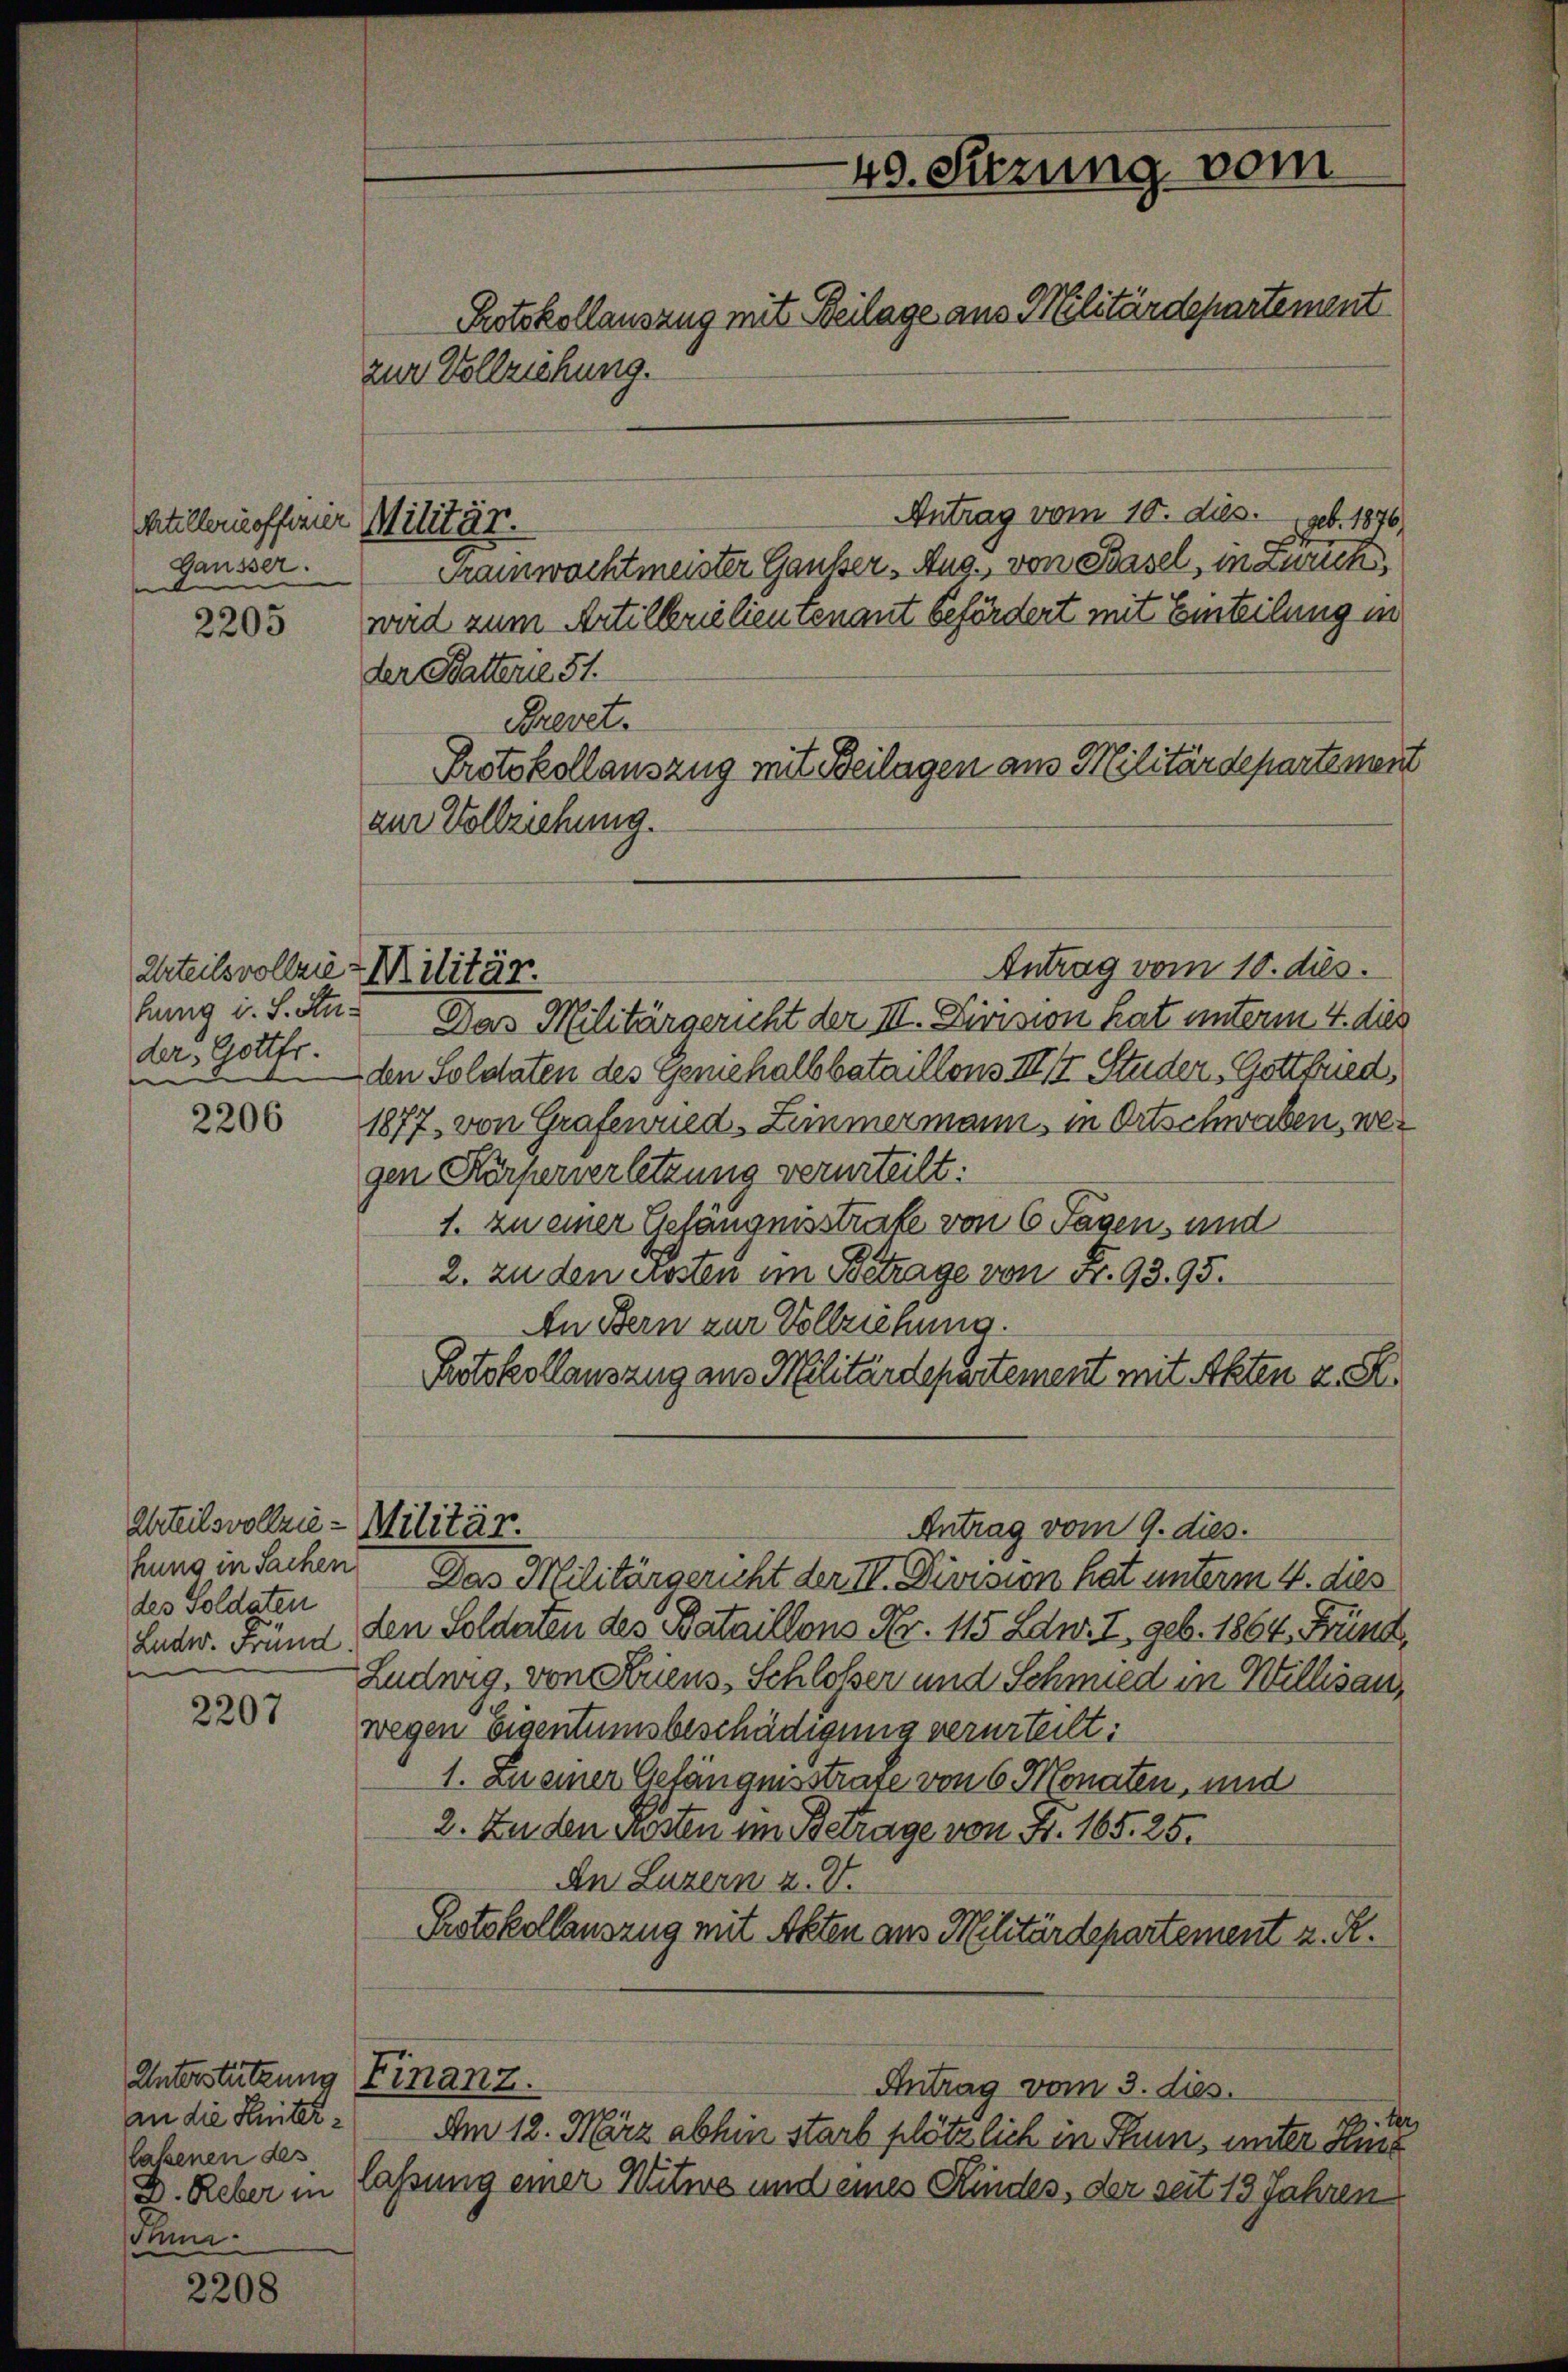
Artillernoffinier
Gausser.
st

2205

Zuteilsvollzie Militär.
hung i. S. Auder, Gottfr.

2206

Urteilsvollzie-Militär.
hung in Sachen
des Soldaten

2207

Unterstützung Finanz.
an die Heiterlaßenen des
D. Reber in
Thun.

2208

Militär.

zur Vollziehung.
Antrag vom 10. dies geb. 1876
Gramwachtmeister Gausser Aug., von Basel, indwach
wird zum Artilkrielientenant befördert mit Einteilung in
der Batterie 51.
Brevet.
zur Vollziehung.
Antrag vom 10. dies.
Das Militärgericht der III. Division hat unterm 4. dies
den Soldaten des Geniehalbbataillons III 17. Studer, Gottfried,
1877, von Grafewued-Zimmermann, in Ortschwaben, wegen Körperverletzung verurteilt:
1. zu einer Gefängnisstrate von 6 Tagen, und
2. zu den ersten im Betrage von Fr. 93. 95.
An Bern zur Vollziehung.
Protokollauszug aus Militärdepartement mit Akten z. S.
Antrag vom 9. dies.
Das Militärgericht der III. Division hat unterm 4. dies
Luder. Fründ, den Solderten des Bataillons Nr. 115 Ldw. I, geb. 1864. Fründ
Ludwig, von Kriens, Schloßer und Schmied in Willisau,
wegen Eigentumsbeschädigung verurteilt:
1. Zu einer Gefängnisstrafe von 6 Monaten, und
2. Zu den Kosten im Betrage von Fr. 165. 25.
An Luzern u. V.
Protokollauszug mit Akten aus Militärdepartement z. R.
Antrag vom 3. dies.
ter
Am 12. März abhin starb plötzlich in Thun, unter Hint
lassung einer Witwe und eines Kindes, der seit 13 Jahren

40. Sitzung vom
Protokollauszug mit Beilage aus Militärdepartement

Protokollauszug mit Beilagen aus Militärdepartemen